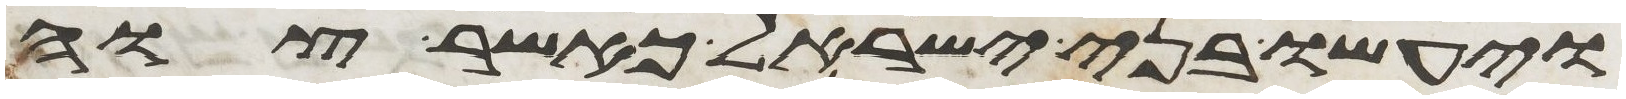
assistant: ויעשו בני ישראל כאשר צוה